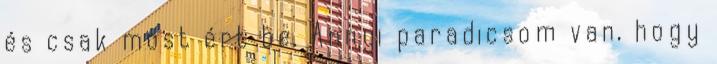
és csak most ért be. Annyi paradicsom van, hogy